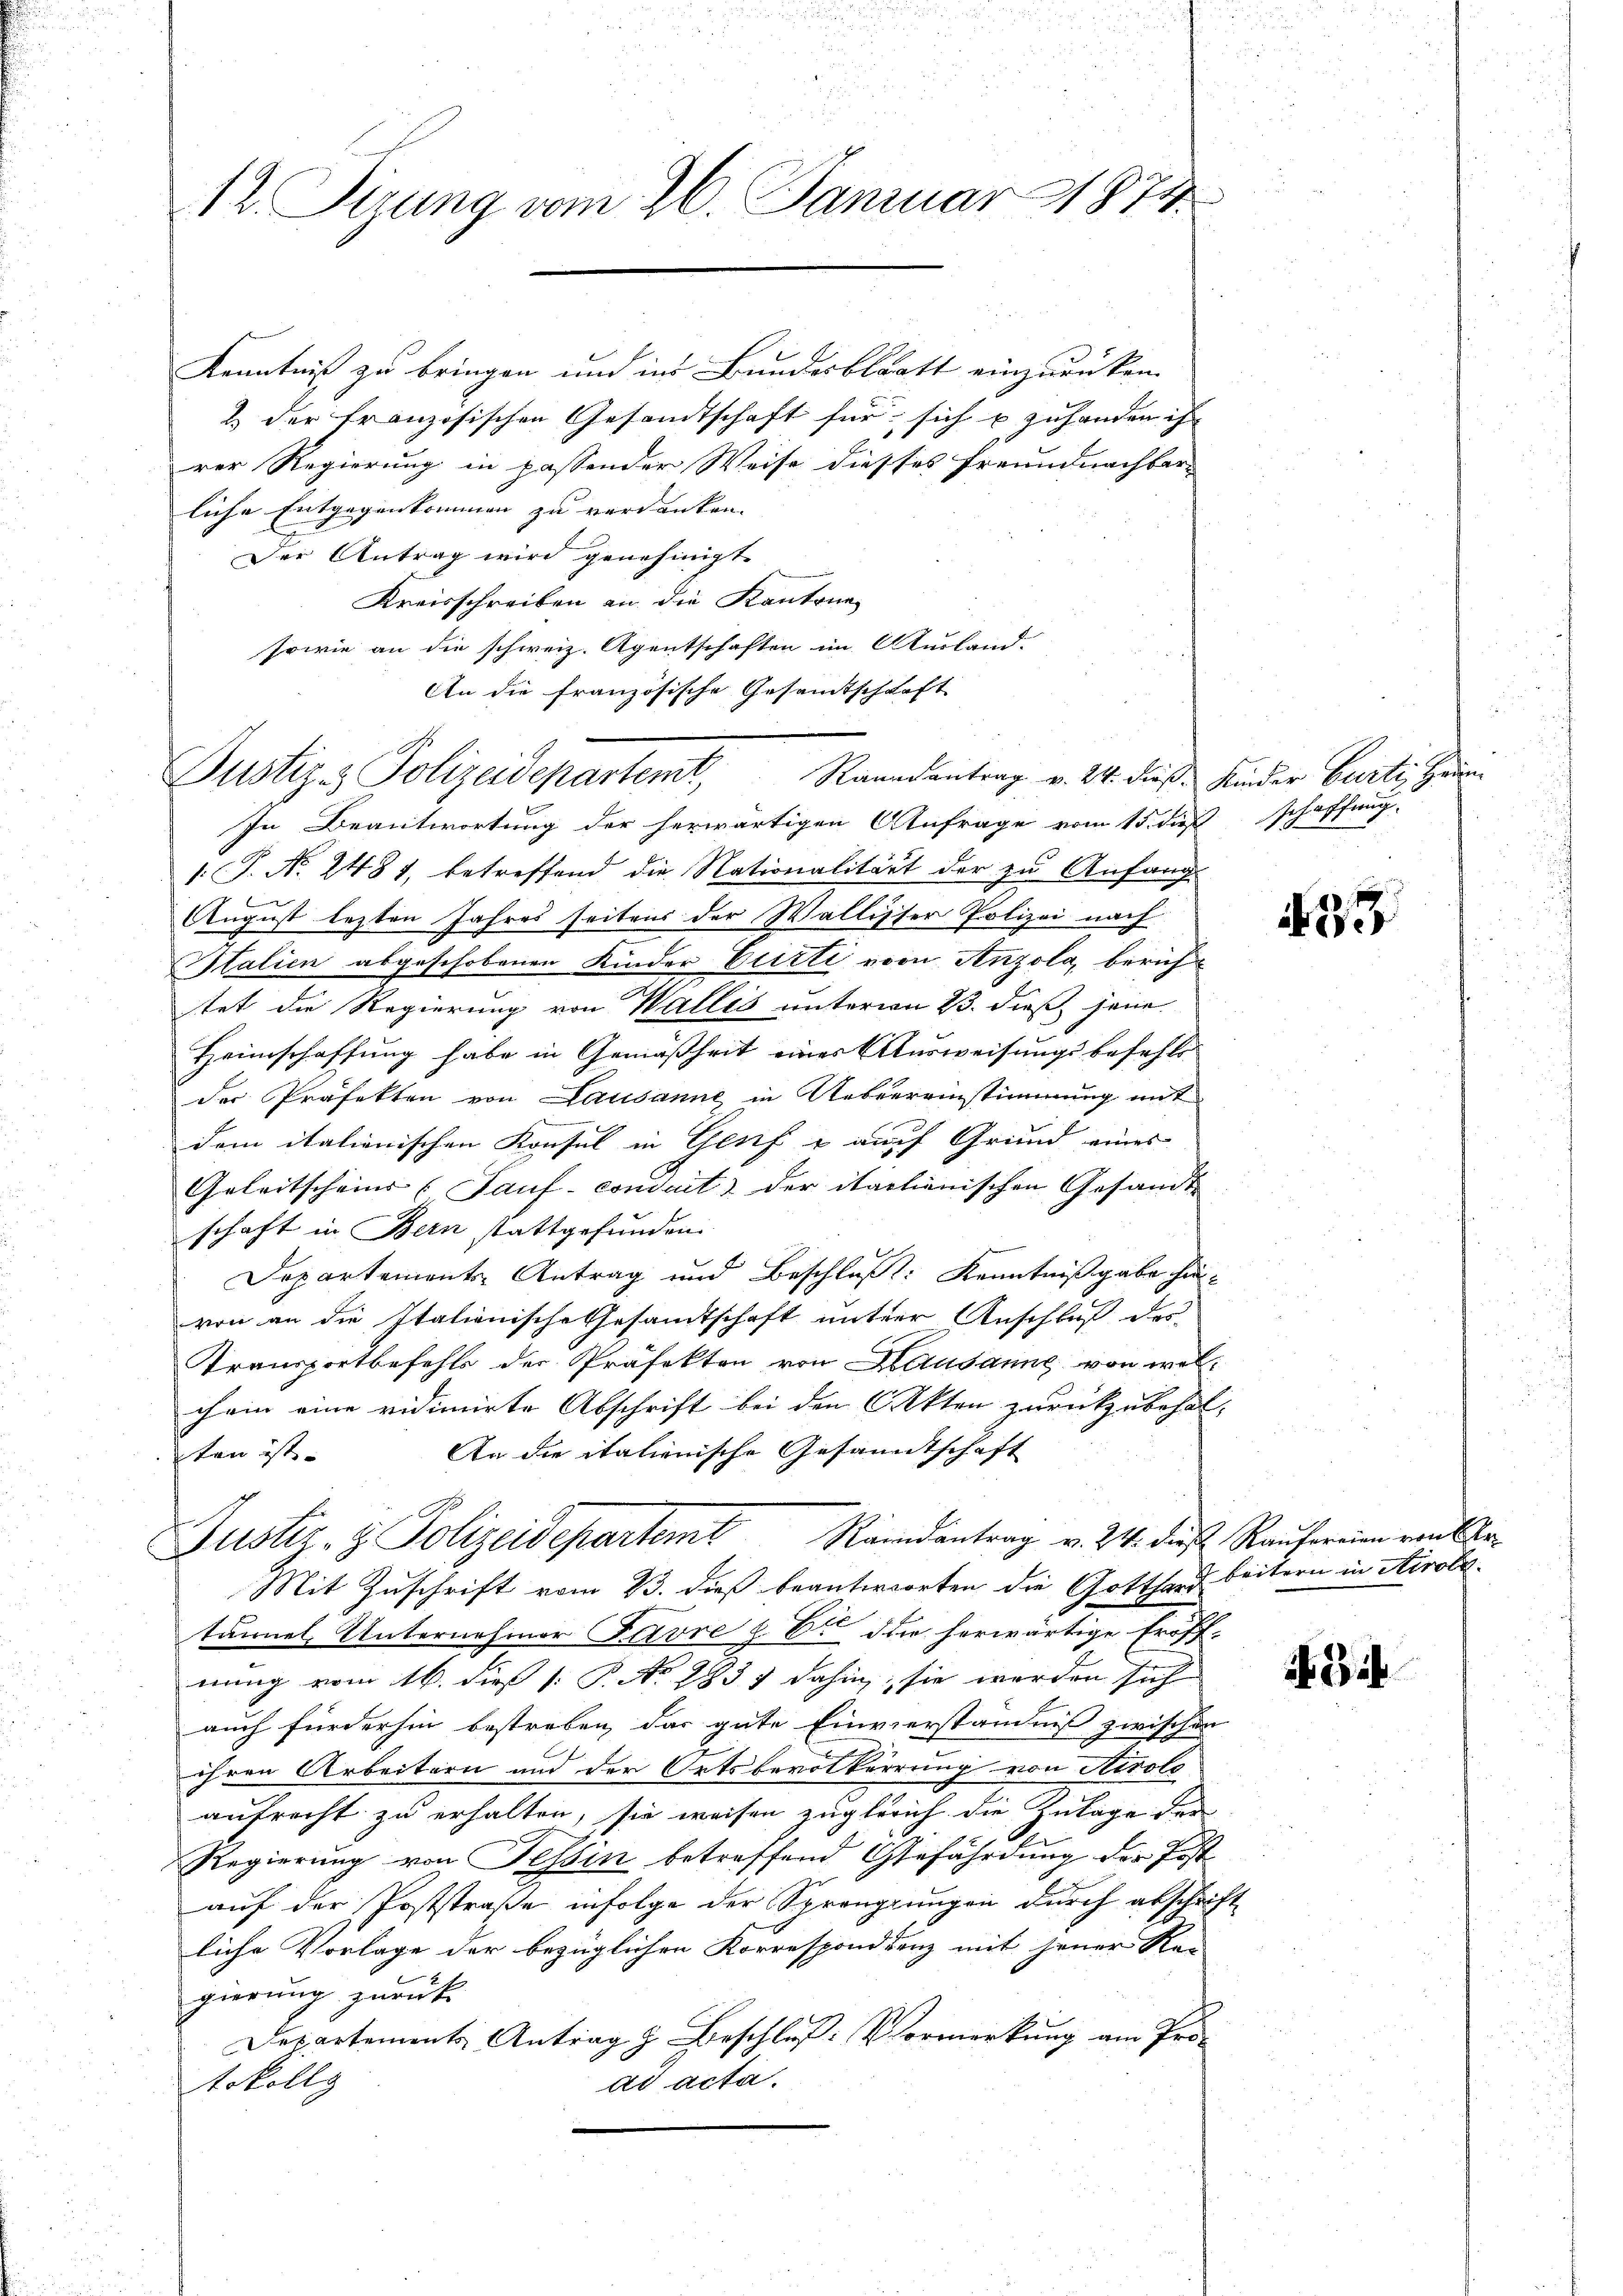
12. Pirung vom 26. Januar 1874

Kenntniß zu bringen und ins Bundesblatt einzurücken.
2 der französischen Gesandtschaft für sich u zuhanden ist
rer Regierung in passender Weise diesses Freundnachbar-
liche Entgegenkommen zu verdanken. |
Der Antrag wird genehmigt.
Kreisschreiben an die Kantone
sowie an die schweiz. Agentschaften im Ausland-
An die französische Gesamtschaft
In Beantwortung der herwärtigen Anfrage vom 15. dießschaffung
.P. Nr. 2481, betreffend die Nationalitärt der zu Anfang
August lezten Jahres seitens der Wallisser Polizei nach
Italien abgeschobenen Kinder Cristi von Anzola, berichtet die Regierung von Wallis unterm 23. dieß jene
Heimschaffung habe in Gemäßheit einer Ausweisungsbefehls
der Professon von Lausanne in Uebereinstimmung mit
dem italienischen Konsul in Genf u auch Grund eines
Geleitscheins (Sauf- conduit & der italienischen Gesandtschaft in Bern stattgefunden.
Departements-Antrag und Beschluß: Kenntnißgabe hinvon an die Italienische Gesandtschaft untere Anschluß des
Transportbefehls der Präfekten von Hausanne von welchein eine vidimirte Abschrift bei den Akten zurückzubehal-
An die italienische Gesandtschaft
ten ist.
Justiz- & Polizeidepartemt Randantrag v. 24. dieß Raŭfereien von Ar-
Mit Zuschrift vom 23. dieß beantworten die Gotthard beitern in Airoli-
tänel, Unternehmer Favre z. B. die herwärtige Eröff-
nung vom 16. dieß P. No. 1837 dahin; sie werden sich
auch fürderhin bestreben, das gute Einverständniß zwischen
ihren Arbeitern und der Ortsbevolkerrung von Airolo
aufrecht zu erhalten, sie weisen zugleich die Zulage der
Regierung von Tessin betreffend Gefährdung der Post
auf der Poststraße infolge der Sprengungen durch abschrie
liche Vorlage der bezüglichen Korresponddenz mit jener Re-
gierung zurück
Departements Antrag z. Beschluß: Vormerkung am Pro-
ad acta.
tvollg

Justiz- & Polizeidepartent Raandantrag v. 24. dies Kinder Curti, Heim

.

1

33

i i